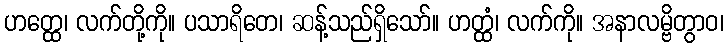
ဟတ္ထေ၊ လက်တို့ကို။ ပသာရိတေ၊ ဆန့်သည်ရှိသော်။ ဟတ္ထံ၊ လက်ကို။ အနာလမ္ဗိတွာဝ၊